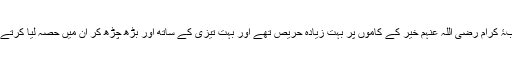
صحابۂ کرام رضی اللہ عنہم خیر کے کاموں پر بہت زیادہ حریص تھے اور بہت تیزی کے ساتھ اور بڑھ چڑھ کر ان میں حصہ لیا کرتے تھے۔